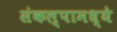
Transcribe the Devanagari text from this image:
संकल्पामध्ये